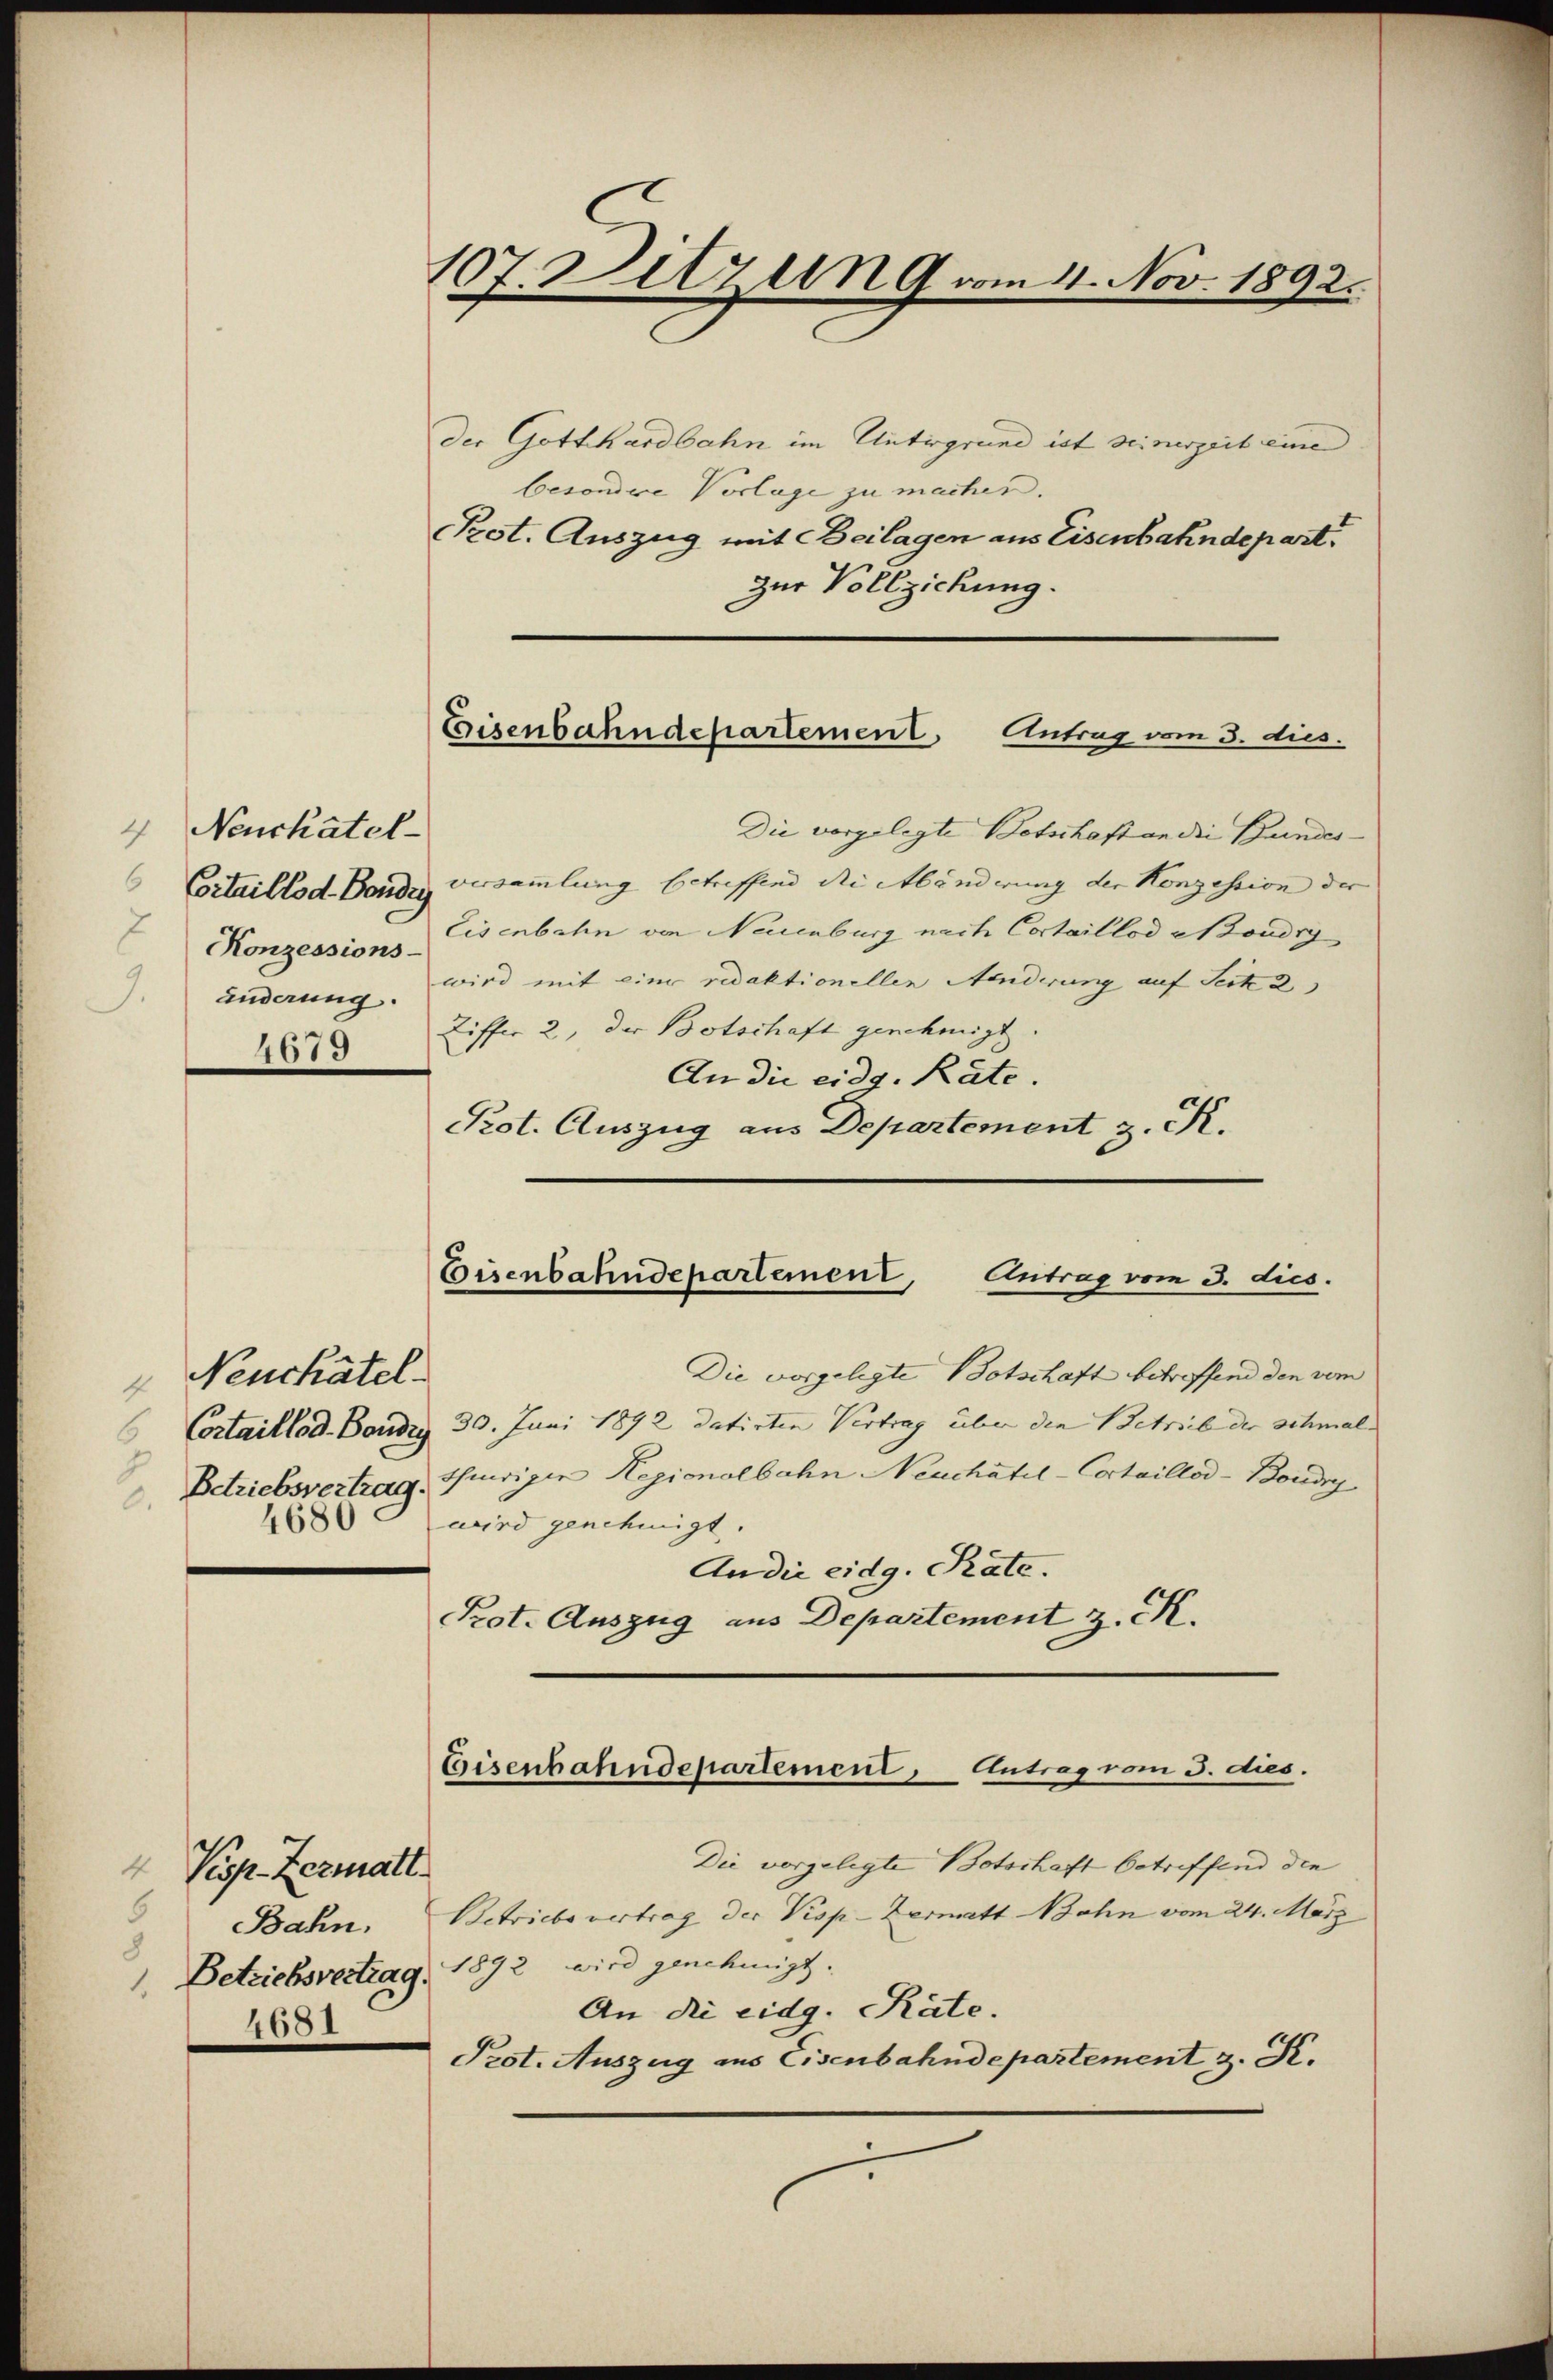
Neuchatel-
4
Konzessions-
1.
änderung.
4673

8

Neuchâtel
Betriebsvertrag.
.
4680

Pesp. Zermatt
Bahn.
Betriebsvertrag.
1
4681

107. Sitzung vom 11. Nov. 1892.

der Gotthardbahn im Untergrund ist seinerzeit eine
besondere Vorlage zu machen.
Pot. Auszug mit Beilagen aus Eisenbahndepart.
zur Vollziehung.

Eisenbahndepartement. Eintrag vom 3. dies

Die vorgelegte Botschaft an die Bundes¬
Critaillod Bandig versammlung betreffend die Abänderung der Konzession der
Eisenbahn von Neuenburg nach Cortaillod condig
wird mit einer redaktionellen Aenderung auf Seite 2
Ziffer 2, der Botschaft genehmigt.
An die eidg. Räte.
Prot. Auszug aus Departement z. R.

Eisenbahndepartement, Antrag vom 3. dies.

Die vorgelegte Botschaft betreffend den vom
Cortaillod. Bandig 30. Juni 1892 datirten Vertrag über den Betrieb der schmal
thiniger Regionalbahn Neuchâtel-Cortaillod-Boudry
wird genehmigt.
An die eidg. Rate.
Prot. Auszug aus Departement z. K.

Eisenbahndepartement, Antrag vom 3. dies.

Die vorgelegte Botschaft betreffend die
Betriebe vertrag der Visp-Zermatt Bahn vom 24. März
1892 wird genehmigt.
An die eidg. Räte.
Pest. Auszug aus Eisenbahndepartement z. K.